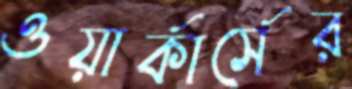
ওয়ার্কার্সের